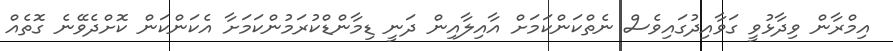
އިމްރާން ވިދާޅުވީ ގަވާއިދުގައިވެސް ނެތްކަންކަމަށް އާއިލާއިން ދަނީ ޑިމާންޑްކުރަމުންކަމަށާ އެކަންކަން ކޮށްދެވޭނެ ގޮތެއް